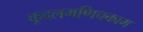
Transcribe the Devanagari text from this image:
कूदलमणिचकाम